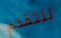
للتقدم